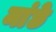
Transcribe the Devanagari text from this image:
मांछे